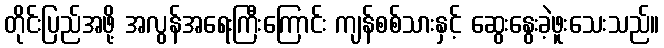
တိုင်းပြည်အဖို့ အလွန်အရေးကြီးကြောင်း ကျန်စစ်သားနှင့် ဆွေးနွေးခဲ့ဖူးသေးသည်။